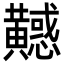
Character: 𪏤